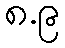
၈.၉